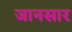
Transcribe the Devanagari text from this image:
जानसार